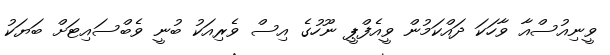
ވީނިއުސްއާ ވާހަކަ ދައްކަމުން ވީއެފްޕީ ނޫހުގެ އިސް ވެރިއަކު ބުނީ ވެބްސައިޓަށް ބަޔަކު